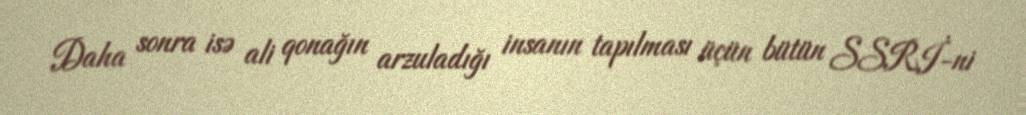
Daha sonra isə ali qonağın arzuladığı insanın tapılması üçün bütün SSRİ-ni